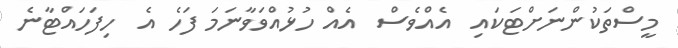
މީސްތަކުންނަށްޓަކައި  އެއްވެސް  އެއް ހުޅުއްވަވާނަމަ ފަހެ އެ  ހިފަހައްޓާނެ